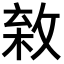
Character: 𢾣